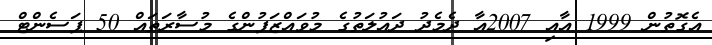
އެގޮތުން 1999 އާއި 2007އާ ދެމެދު ދައުލަތުގެ މުވައްޒަފުންގެ މުސާރަތައް 50 ޕަސެންޓް